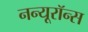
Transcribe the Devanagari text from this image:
नन्यूरॉन्स